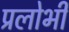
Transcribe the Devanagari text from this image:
प्रलोभी